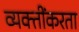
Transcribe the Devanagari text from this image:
व्यक्तींकरता